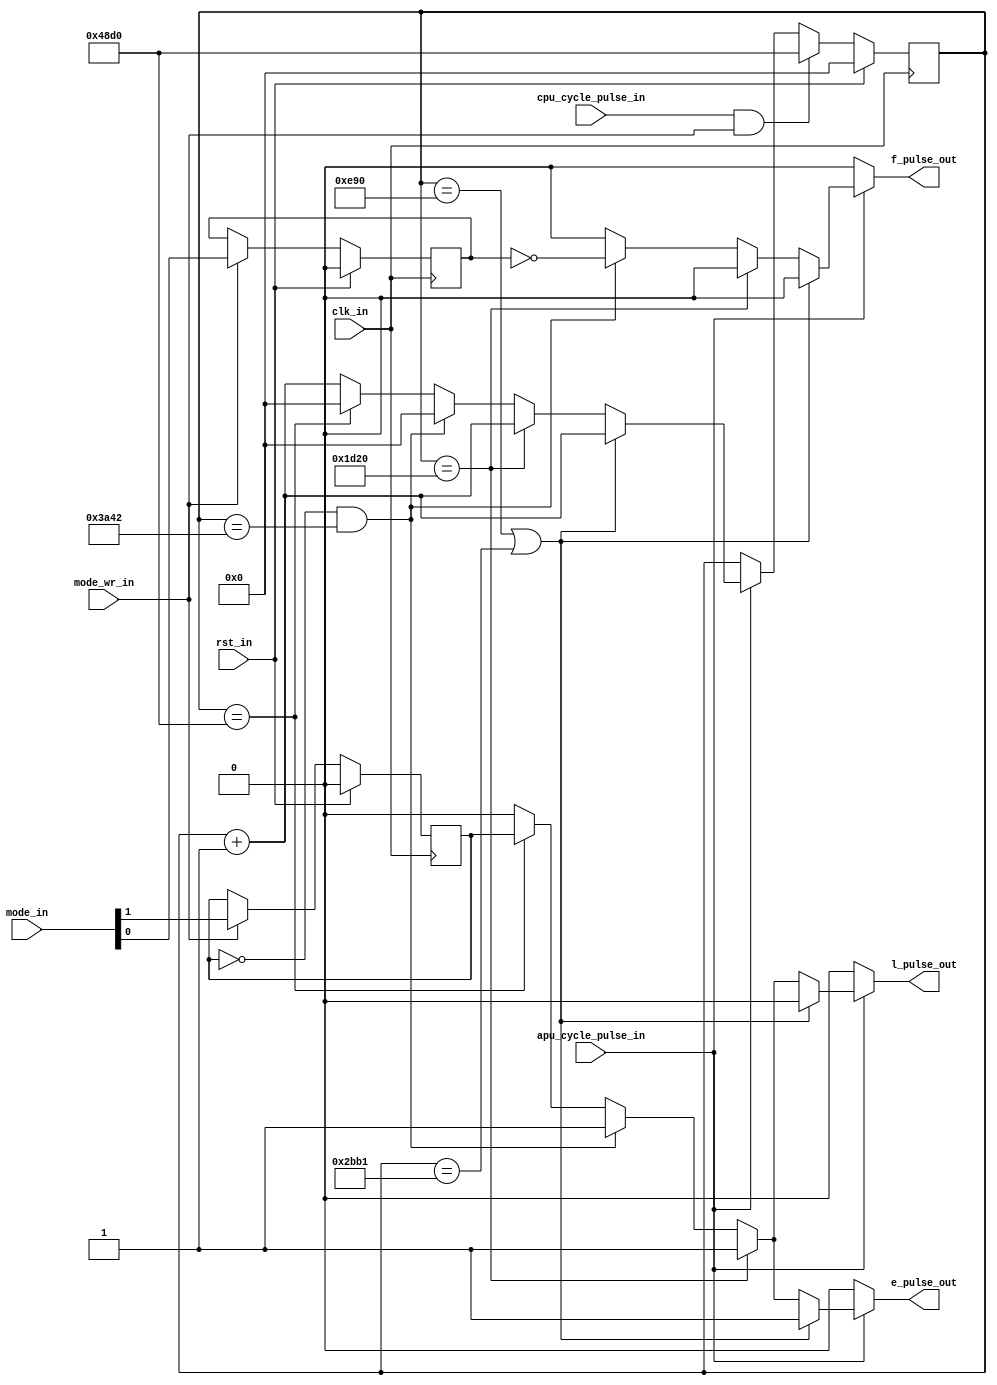
module apu_frame_counter_1
(
  input  wire       clk_in,              
  input  wire       rst_in,              
  input  wire       cpu_cycle_pulse_in,  
  input  wire       apu_cycle_pulse_in,  
  input  wire [1:0] mode_in,             
  input  wire       mode_wr_in,          
  output reg        e_pulse_out,         
  output reg        l_pulse_out,         
  output reg        f_pulse_out          
);
reg [14:0] q_apu_cycle_cnt, d_apu_cycle_cnt;
reg        q_seq_mode,      d_seq_mode;
reg        q_irq_inhibit,   d_irq_inhibit;
always @(posedge clk_in)
  begin
    if (rst_in)
      begin
        q_apu_cycle_cnt <= 15'h0000;
        q_seq_mode      <= 1'b0;
        q_irq_inhibit   <= 1'b0;
      end
    else
      begin
        q_apu_cycle_cnt <= d_apu_cycle_cnt;
        q_seq_mode      <= d_seq_mode;
        q_irq_inhibit   <= d_irq_inhibit;
      end
  end
always @*
  begin
    d_apu_cycle_cnt = q_apu_cycle_cnt;
    d_seq_mode      = (mode_wr_in) ? mode_in[1] : q_seq_mode;
    d_irq_inhibit   = (mode_wr_in) ? mode_in[0] : q_irq_inhibit;
    e_pulse_out = 1'b0;
    l_pulse_out = 1'b0;
    f_pulse_out = 1'b0;
    if (apu_cycle_pulse_in)
      begin
        d_apu_cycle_cnt = q_apu_cycle_cnt + 15'h0001;
        if ((q_apu_cycle_cnt == 15'h0E90) || (q_apu_cycle_cnt == 15'h2BB1))
          begin
            e_pulse_out = 1'b1;
          end
        else if (q_apu_cycle_cnt == 15'h1D20)
          begin
            e_pulse_out = 1'b1;
            l_pulse_out = 1'b1;
          end
        else if (!q_seq_mode && (q_apu_cycle_cnt == 15'h3A42))
          begin
            e_pulse_out = 1'b1;
            l_pulse_out = 1'b1;
            f_pulse_out = ~q_irq_inhibit;
            d_apu_cycle_cnt = 15'h0000;
          end
        else if ((q_apu_cycle_cnt == 15'h48d0))
          begin
            e_pulse_out = q_seq_mode;
            l_pulse_out = q_seq_mode;
            d_apu_cycle_cnt = 15'h0000;
          end
      end
      if (cpu_cycle_pulse_in && mode_wr_in)
        d_apu_cycle_cnt = 15'h48d0;
  end
endmodule